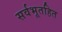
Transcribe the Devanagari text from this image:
सर्वभूतहित